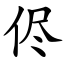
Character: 侭